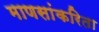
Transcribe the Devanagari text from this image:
माणसांकरिता